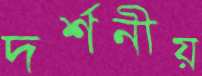
দর্শনীয়